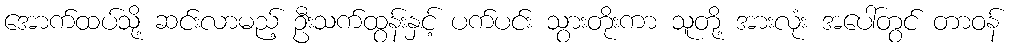
အောက်ထပ်သို့ ဆင်းလာမည့် ဦးသက်ထွန်းနှင့် ပက်ပင်း သွားတိုးကာ သူတို့ အားလုံး အပေါ်တွင် တာဝန်